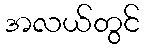
အလယ်တွင်